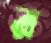
র